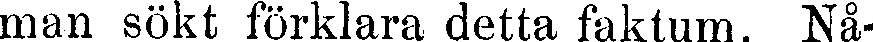
man sökt förklara detta faktum. Nå-